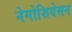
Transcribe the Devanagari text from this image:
नेगोशियेसन